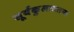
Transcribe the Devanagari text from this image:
सूर्यकुलावतन्स